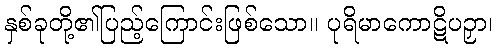
နှစ်ခုတို့၏ပြည့်ကြောင်းဖြစ်သော။ ပုရိမာကောဋိပဉှာ၊